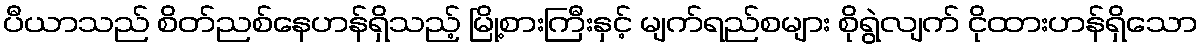
ပီယာသည် စိတ်ညစ်နေဟန်ရှိသည့် မြို့စားကြီးနှင့် မျက်ရည်စများ စိုရွဲလျက် ငိုထားဟန်ရှိသော